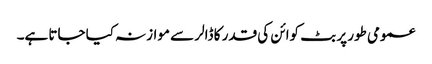
عمومی طور پر بٹ کوائن کی قدر کا ڈالر سے موازنہ کیا جاتا ہے۔